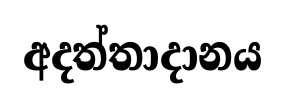
අදත්තාදානය